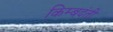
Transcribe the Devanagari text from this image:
किम्बदंती